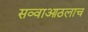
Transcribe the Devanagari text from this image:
सव्वाआठलाच